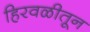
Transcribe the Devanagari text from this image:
हिरवळीतून